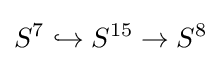
S^{7}\hookrightarrow S^{15}\to S^{8}